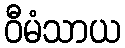
ဝီမံသာယ